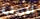
أفريقية